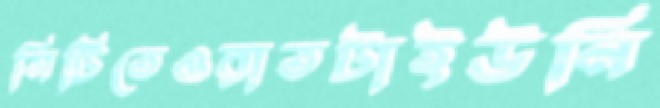
সিটিতেওরাতটাইউনি